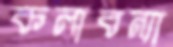
কলাবন্যা